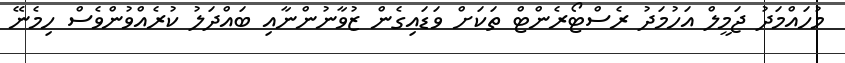
މުހައްމަދު ޖަމީލް އަހުމަދު ރެސްޓޯރެންޓް ތަކަށް ވަޑައިގެން ޒުވާނުންނާއި ބައްދަލު ކުރެއްވުންވެސް ހިމެނޭ